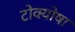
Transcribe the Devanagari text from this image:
टोक्योषा